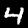
Digit: 4